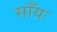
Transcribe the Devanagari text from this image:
साँयः